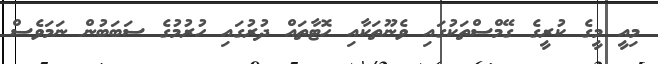
މިއީ މީގެ ކުރީގެ ގޭމްސްތަކުގައި ވެނޫތަކާއި ހޮޓާތައް ދުރުގައި ހުރުމުގެ ސަބަބުން ނަމަވެސް